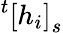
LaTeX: ^t\left[h_{i}\right]_{s}